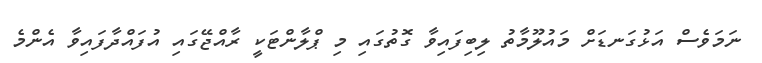
ނަމަވެސް އަޅުގަނޑަށް މައުލޫމާތު ލިބިފައިވާ ގޮތުގައި މި ޕްލާންޓަކީ ރާއްޖޭގައި އުފައްދާފައިވާ އެންމެ